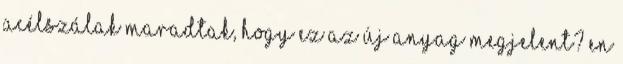
acélszálak maradtak, hogy ez az új anyag megjelent? En